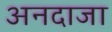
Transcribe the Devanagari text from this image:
अनदाजा